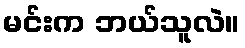
မင်းက ဘယ်သူလဲ။